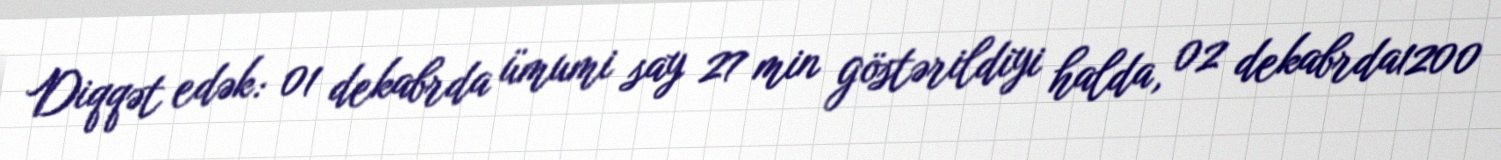
Diqqət edək: 01 dekabrda ümumi say 27 min göstərildiyi halda, 02 dekabrda1200